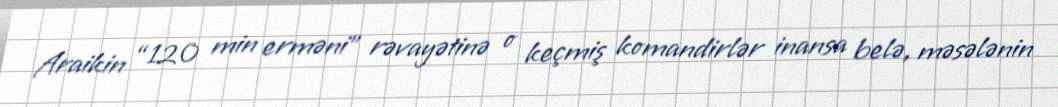
Araikin “120 min erməni” rəvayətinə o keçmiş komandirlər inansa belə, məsələnin